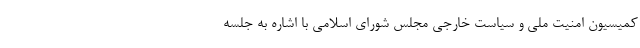
کمیسیون امنیت ملی و سیاست خارجی مجلس شورای اسلامی با اشاره به جلسه